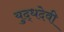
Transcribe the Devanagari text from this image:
युद्धदेवी